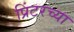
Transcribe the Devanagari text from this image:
प्रिंटरच्या